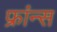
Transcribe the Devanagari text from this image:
फ्रांन्स